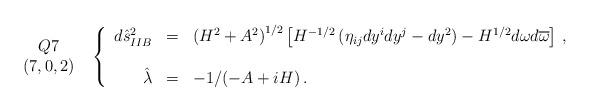
LaTeX: \begin{align*}\begin{array}{c}Q7\\(7,0,2)\\\end{array}\,\,\,\left\{\begin{array}{rcl}d\hat{s}^{2}_{IIB} & = & \left(H^{2}+A^{2}\right)^{1/2}\left[H^{-1/2}\left( \eta_{ij}dy^{i}dy^{j} -dy^{2}\right)-H^{1/2}d\omega d\overline{\omega}\right]\, ,\\& & \\\hat{\lambda} & = & -1/(-A +iH)\, .\\\end{array}\right.\end{align*}